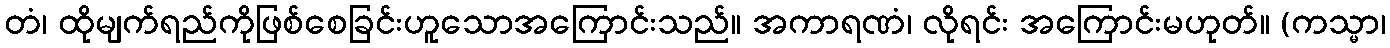
တံ၊ ထိုမျက်ရည်ကိုဖြစ်စေခြင်းဟူသောအကြောင်းသည်။ အကာရဏံ၊ လိုရင်း အကြောင်းမဟုတ်။ (ကသ္မာ၊